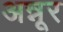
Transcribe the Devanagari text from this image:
अन्नूर